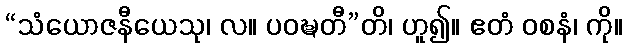
“သံယောဇနီယေသု၊ လ။ ပဝဍ္ဎတီ”တိ၊ ဟူ၍။ ဧတံ ဝစနံ၊ ကို။